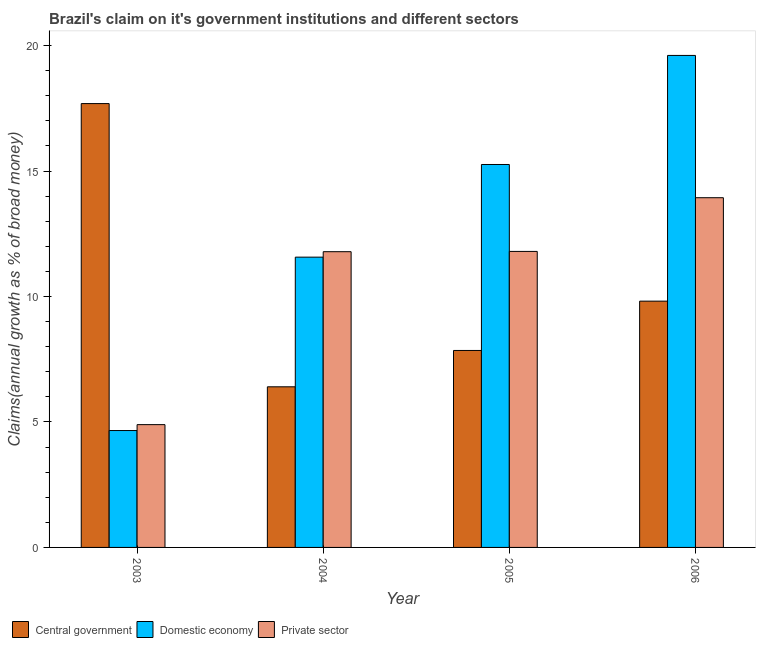
| Year | Central government | Domestic economy | Private sector |
 | --- | --- | --- | --- |
 | 2003 | 17.7 | 4.66 | 4.89 |
 | 2004 | 6.4 | 11.6 | 11.8 |
 | 2005 | 7.85 | 15.3 | 11.8 |
 | 2006 | 9.82 | 19.6 | 13.9 |